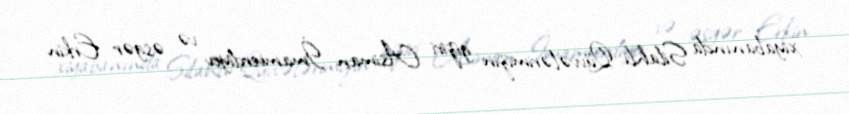
xiyabanında Silahlı Qüvvələrimizin giziri Asiman İmamverdiyev və əsgər Erkin